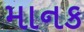
માનક